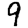
Digit: 9